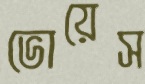
ভোয়েস